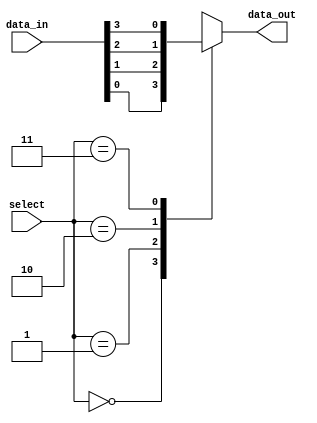
module multiplexer (
    input [3:0] data_in,
    input [1:0] select,
    output reg data_out
);

always @(select or data_in) begin
    case (select)
        2'b00: data_out = data_in[0];
        2'b01: data_out = data_in[1];
        2'b10: data_out = data_in[2];
        2'b11: data_out = data_in[3];
    endcase
end

endmodule